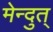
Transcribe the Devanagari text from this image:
मेन्दुत्